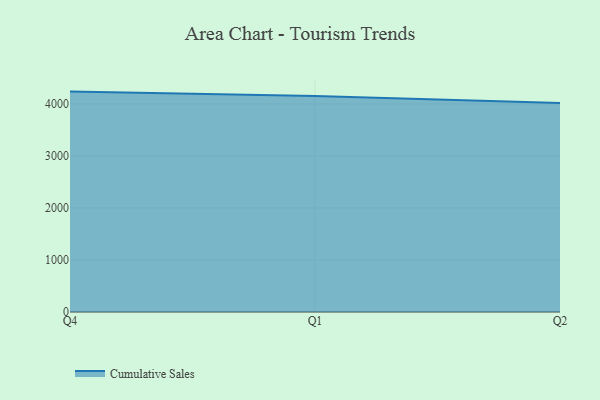
{"axis": {"x": "Quarter", "y": "Active Users"}, "legend": ["Cumulative Sales"], "data": [{"x": "Q4", "y": 4236.0, "type": "Cumulative Sales"}, {"x": "Q1", "y": 4150.2, "type": "Cumulative Sales"}, {"x": "Q2", "y": 4016.7, "type": "Cumulative Sales"}]}